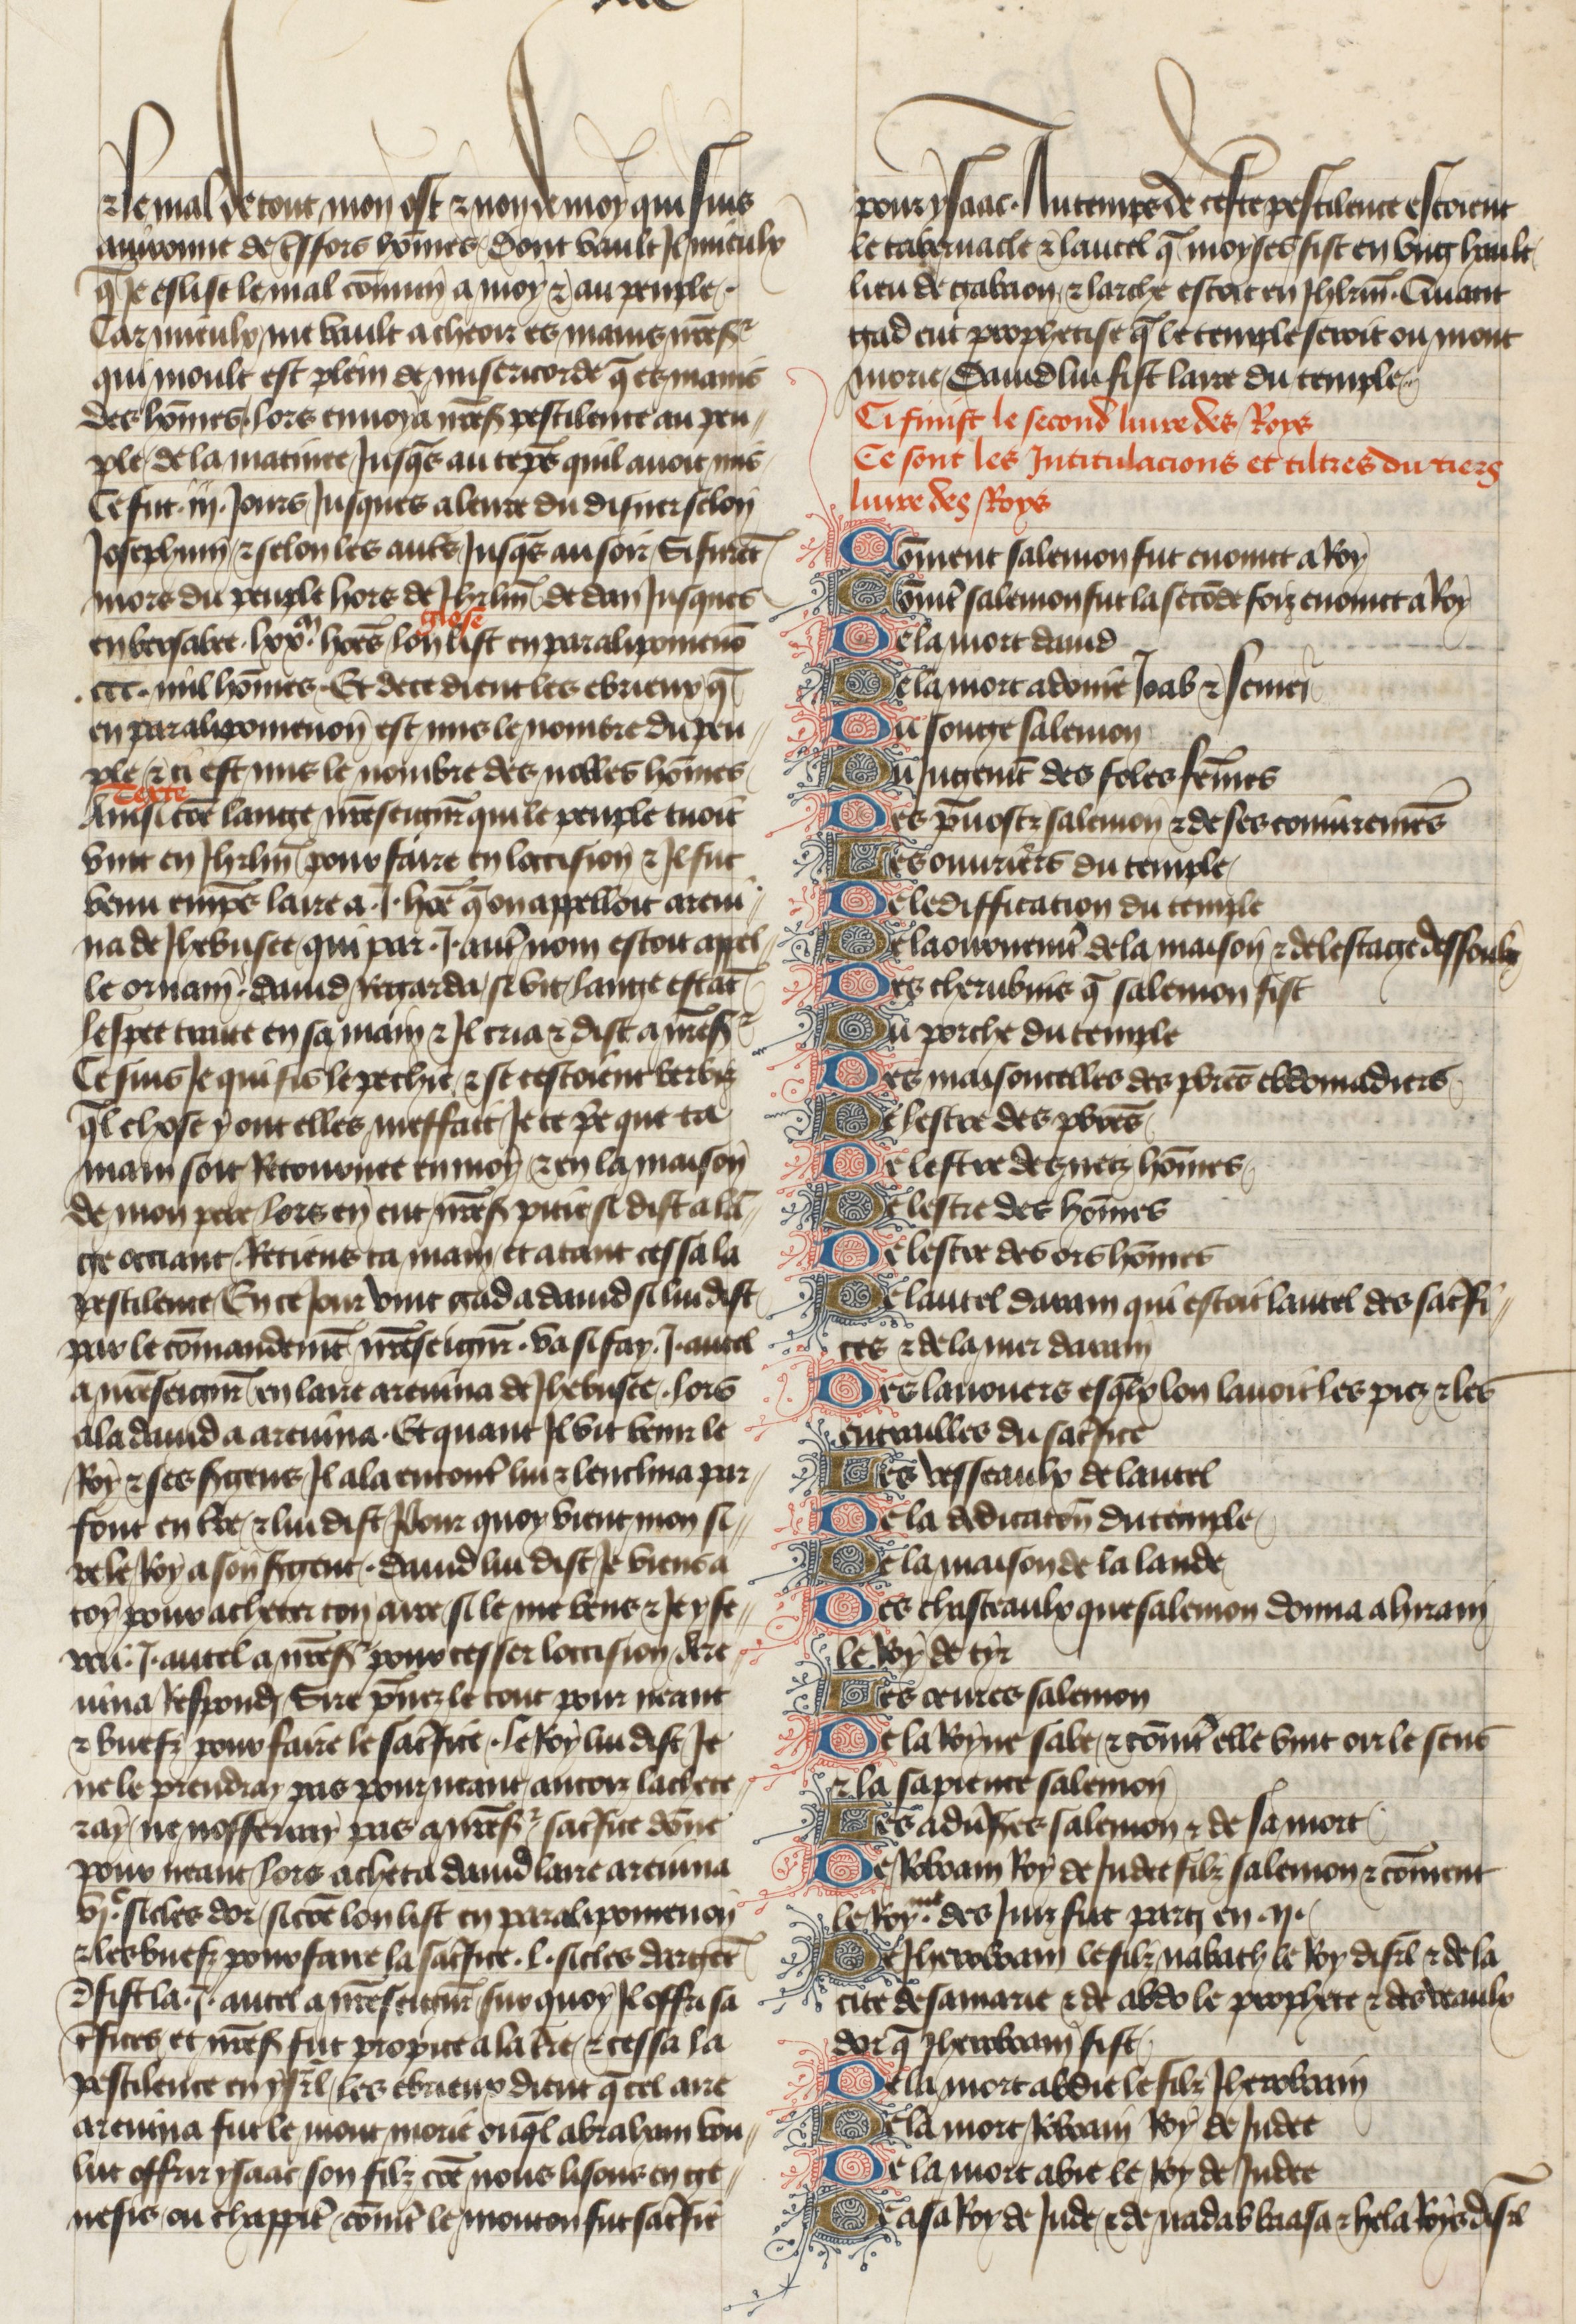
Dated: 1400–1450